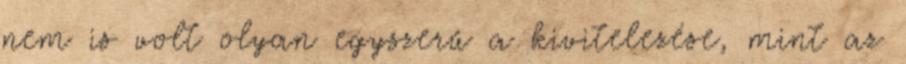
nem is volt olyan egyszerű a kivitelezése, mint az